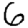
Digit: 6